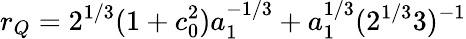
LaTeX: r_{Q}=2^{1/3}(1+c_{0}^{2})a_{1}^{-1/3}+a_{1}^{1/3}(2^{1/3}3)^{-1}